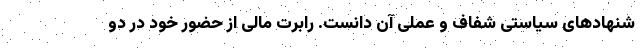
شنهادهای سیاستی شفاف و عملی آن دانست. رابرت مالی از حضور خود در دو